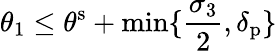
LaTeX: \theta_{1}\leq\theta^{\mathrm{s}}+\operatorname*{min}\{ \frac{\sigma_{3}}{2},\delta_{\mathrm{p}}\}